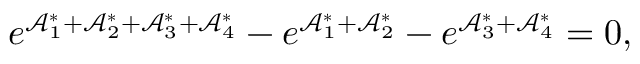
e ^ { \mathcal { A } _ { 1 } ^ { \ast } + \mathcal { A } _ { 2 } ^ { \ast } + \mathcal { A } _ { 3 } ^ { \ast } + \mathcal { A } _ { 4 } ^ { \ast } } - e ^ { \mathcal { A } _ { 1 } ^ { \ast } + \mathcal { A } _ { 2 } ^ { \ast } } - e ^ { \mathcal { A } _ { 3 } ^ { \ast } + \mathcal { A } _ { 4 } ^ { \ast } } = 0 ,